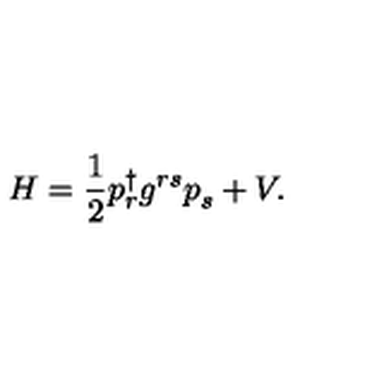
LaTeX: H = { \frac { 1 } { 2 } } p _ { r } ^ { \dagger } g ^ { r s } p _ { s } ^ { } + V .